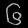
Digit: ၆